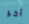
آخر